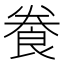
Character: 飬